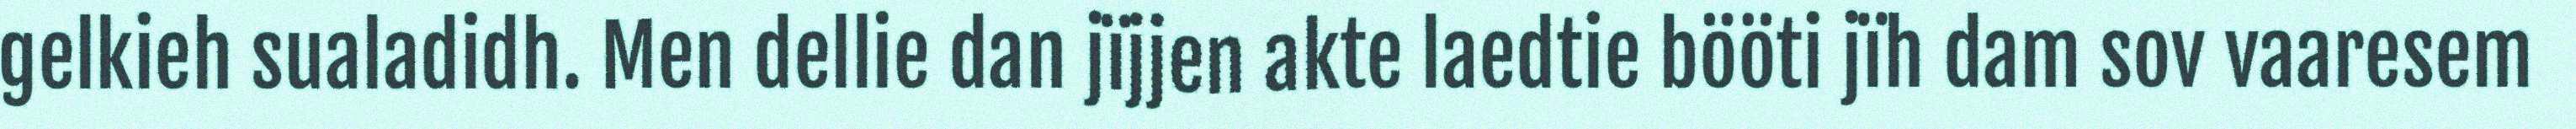
gelkieh sualadidh. Men dellie dan jïjjen akte laedtie bööti jïh dam sov vaaresem